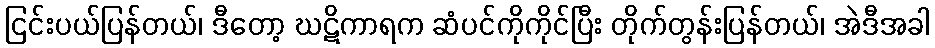
ငြင်းပယ်ပြန်တယ်၊ ဒီတော့ ဃဋိကာရက ဆံပင်ကိုကိုင်ပြီး တိုက်တွန်းပြန်တယ်၊ အဲဒီအခါ